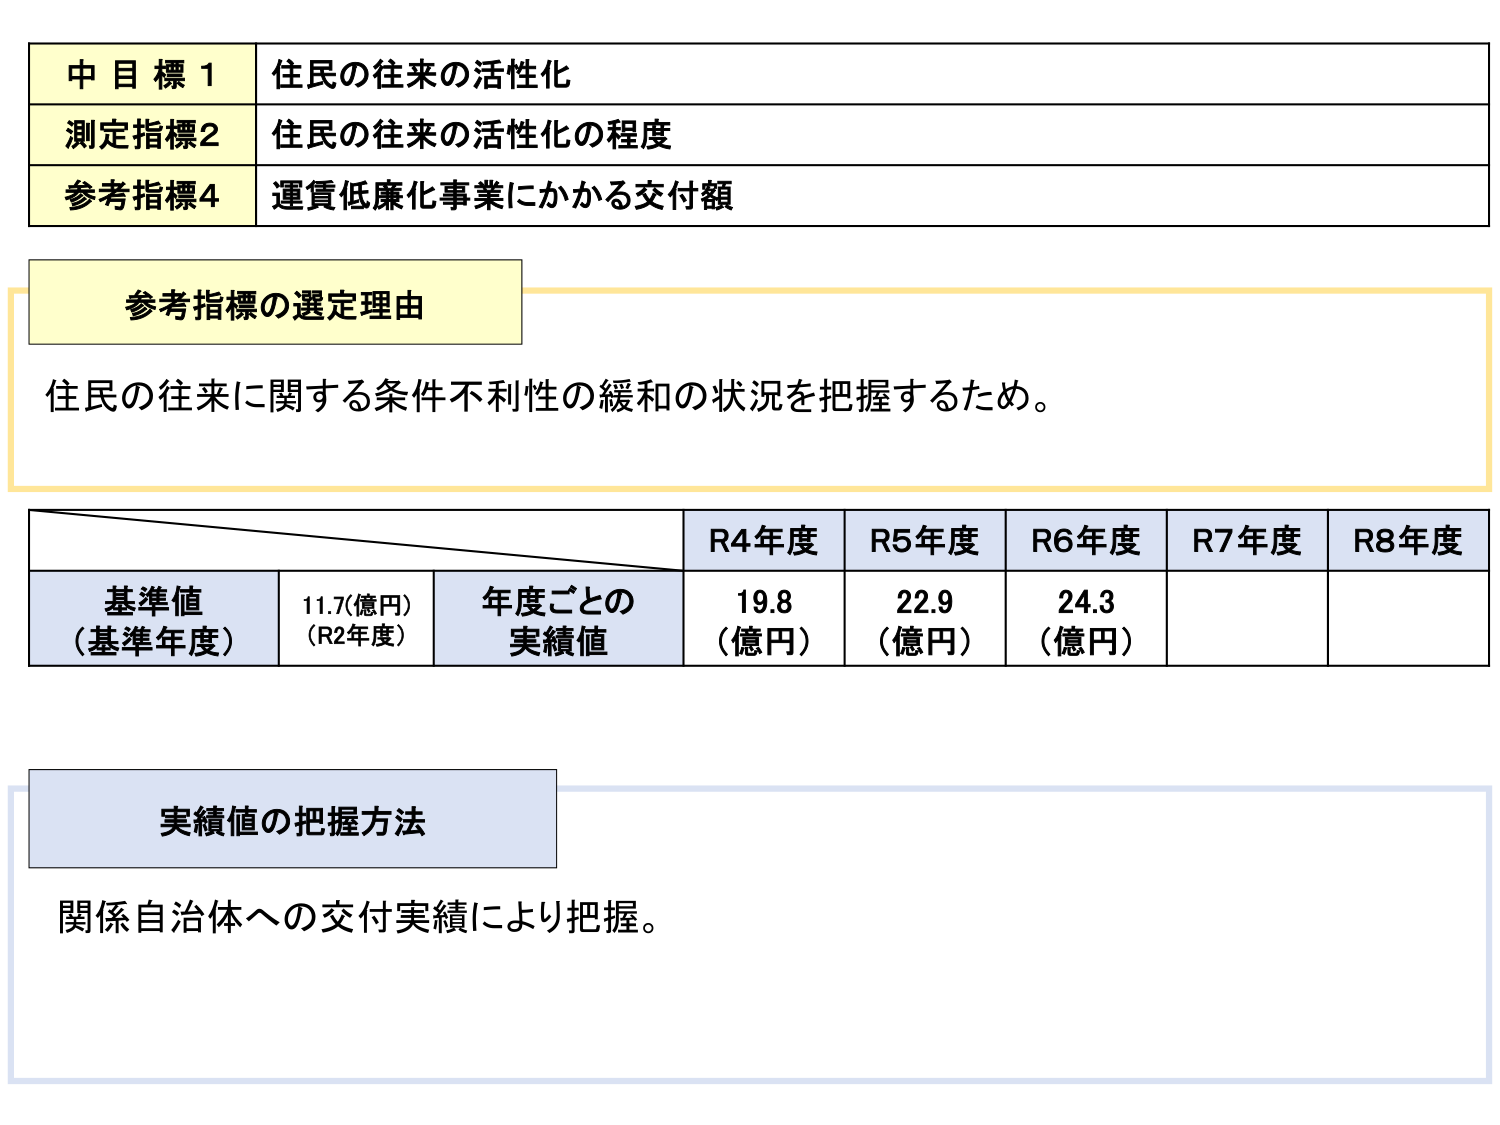
中目標1 住民の往来の活性化
測定指標2 住民の往来の活性化の程度
参考指標4 運賃低廉化事業にかかる交付額

参考指標の選定理由
住民の往来に関する条件不利性の緩和の状況を把握するため。

R4年度 R5年度 R6年度 R7年度 R8年度
基準値（基準年度） 11.7(億円)（R2年度） 年度ごとの実績値 19.8（億円） 22.9（億円） 24.3（億円）

実績値の把握方法
関係自治体への交付実績により把握。